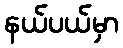
နယ်ပယ်မှာ